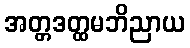
အတ္တဒတ္ထမဘိညာယ